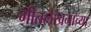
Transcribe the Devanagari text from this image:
गीतलेखनाच्या